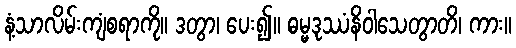
နံ့သာလိမ်းကျံစရာကို။ ဒတွာ၊ ပေး၍။ ဓမ္မဒုဿံနိဝါသေတွာတိ၊ ကား။